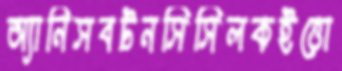
অ্যানিসবটনসিসিলকইত্তো